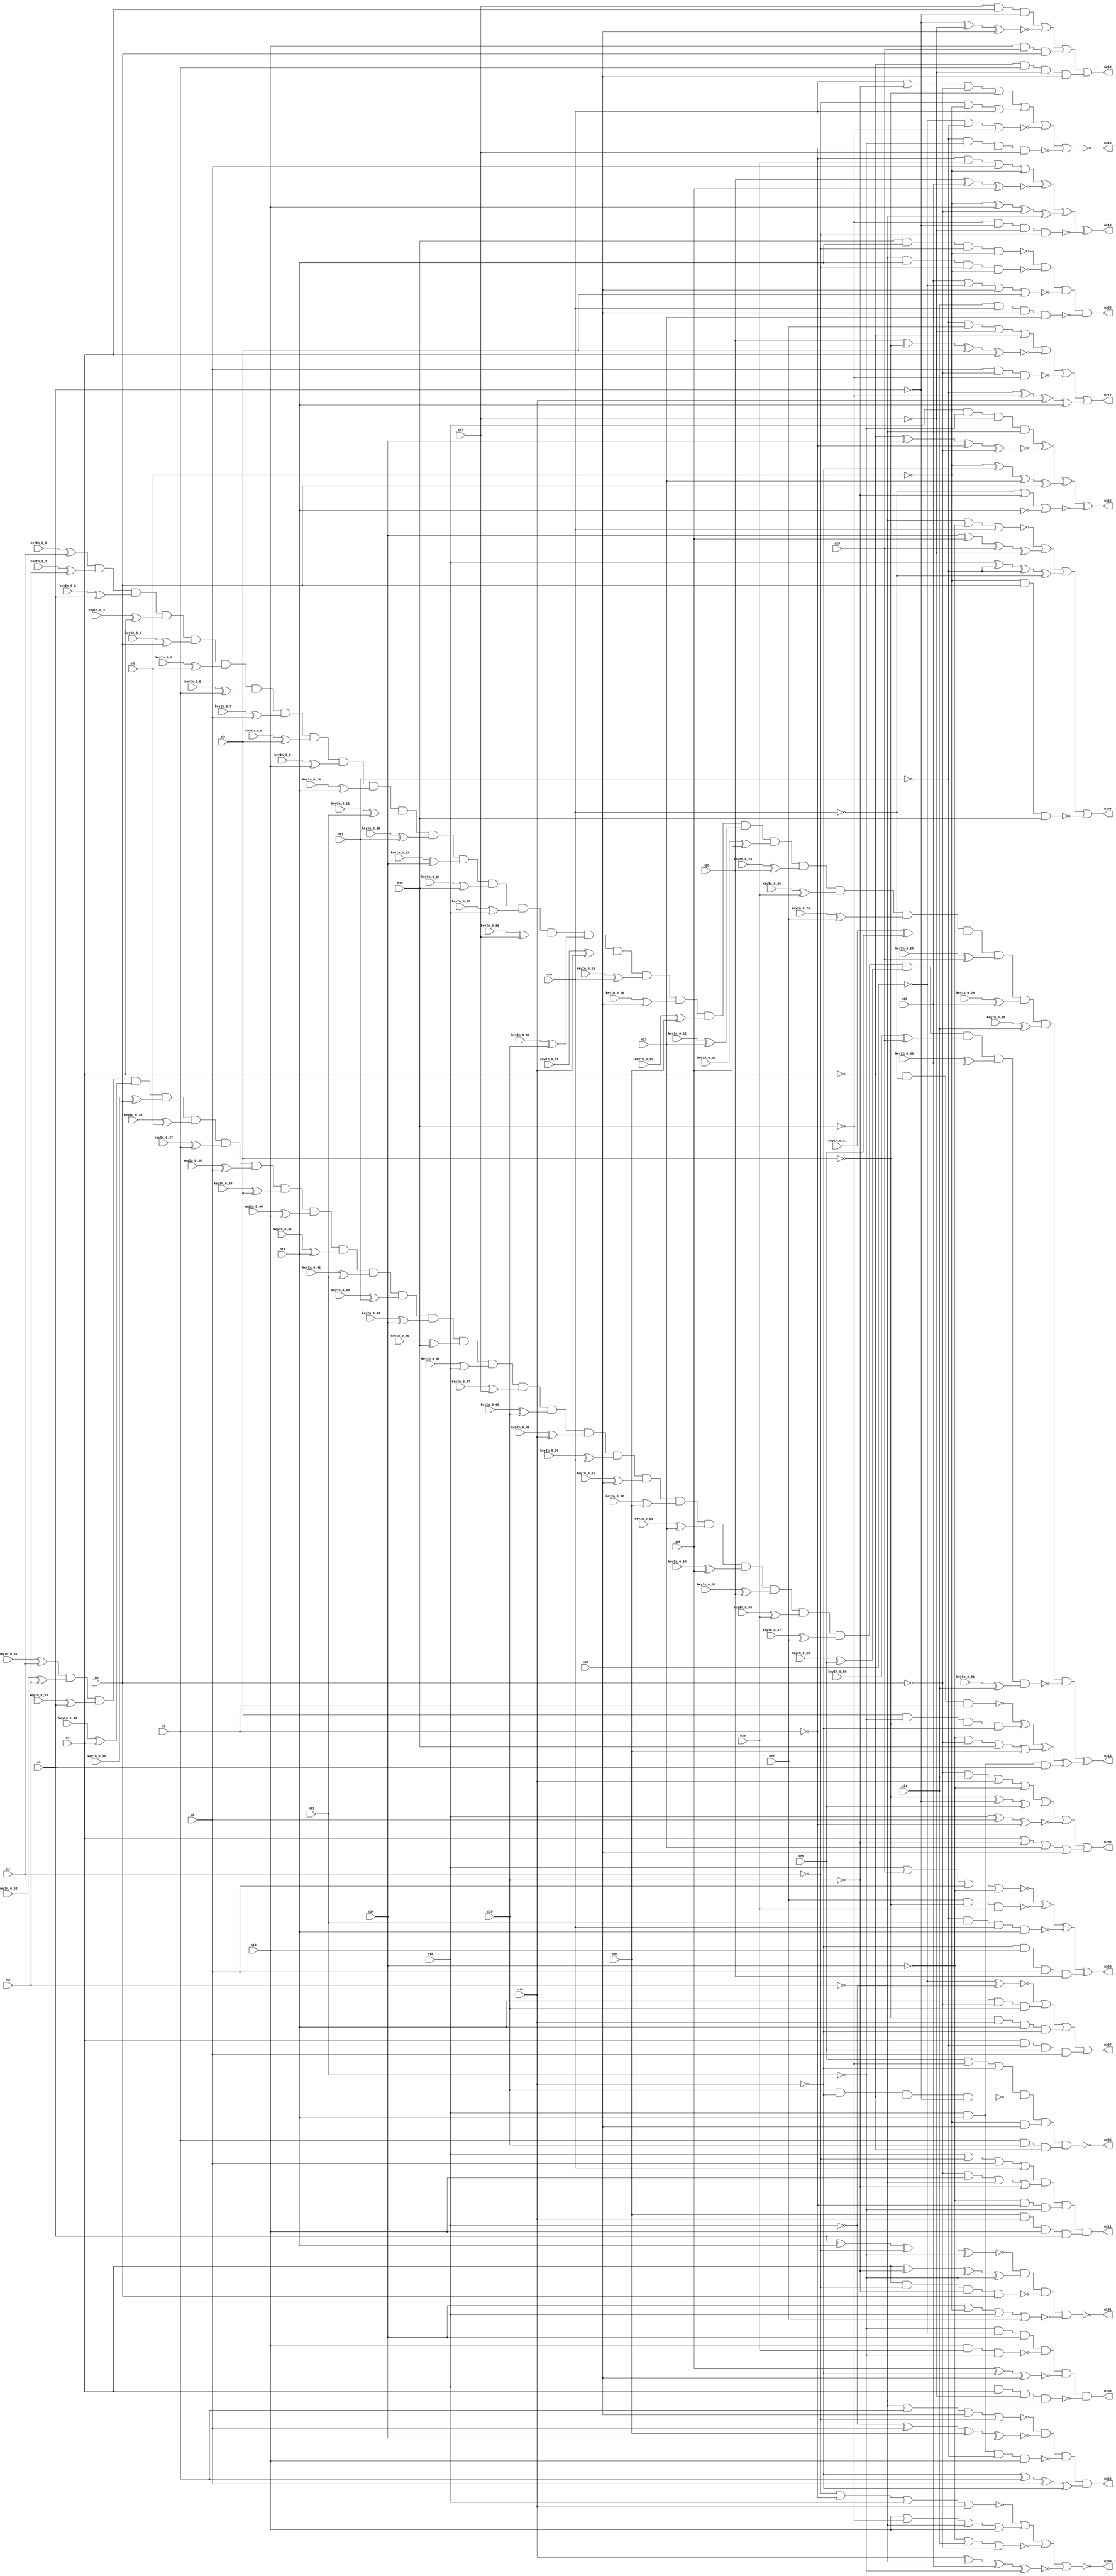


module Stat_186_441
(
  n1,
  n2,
  n3,
  n4,
  n5,
  n6,
  n7,
  n8,
  n9,
  n10,
  n11,
  n12,
  n13,
  n14,
  n15,
  n16,
  n17,
  n18,
  n19,
  n20,
  n21,
  n22,
  n23,
  n24,
  n25,
  n26,
  n27,
  n28,
  n29,
  n30,
  n31,
  n210,
  n217,
  n212,
  n213,
  n215,
  n207,
  n208,
  n209,
  n211,
  n204,
  n203,
  n214,
  n206,
  n202,
  n216,
  n205,
  n201,
  keyIn_0_0,
  keyIn_0_1,
  keyIn_0_2,
  keyIn_0_3,
  keyIn_0_4,
  keyIn_0_5,
  keyIn_0_6,
  keyIn_0_7,
  keyIn_0_8,
  keyIn_0_9,
  keyIn_0_10,
  keyIn_0_11,
  keyIn_0_12,
  keyIn_0_13,
  keyIn_0_14,
  keyIn_0_15,
  keyIn_0_16,
  keyIn_0_17,
  keyIn_0_18,
  keyIn_0_19,
  keyIn_0_20,
  keyIn_0_21,
  keyIn_0_22,
  keyIn_0_23,
  keyIn_0_24,
  keyIn_0_25,
  keyIn_0_26,
  keyIn_0_27,
  keyIn_0_28,
  keyIn_0_29,
  keyIn_0_30,
  keyIn_0_31,
  keyIn_0_32,
  keyIn_0_33,
  keyIn_0_34,
  keyIn_0_35,
  keyIn_0_36,
  keyIn_0_37,
  keyIn_0_38,
  keyIn_0_39,
  keyIn_0_40,
  keyIn_0_41,
  keyIn_0_42,
  keyIn_0_43,
  keyIn_0_44,
  keyIn_0_45,
  keyIn_0_46,
  keyIn_0_47,
  keyIn_0_48,
  keyIn_0_49,
  keyIn_0_50,
  keyIn_0_51,
  keyIn_0_52,
  keyIn_0_53,
  keyIn_0_54,
  keyIn_0_55,
  keyIn_0_56,
  keyIn_0_57,
  keyIn_0_58,
  keyIn_0_59,
  keyIn_0_60,
  keyIn_0_61
);

  input n1;input n2;input n3;input n4;input n5;input n6;input n7;input n8;input n9;input n10;input n11;input n12;input n13;input n14;input n15;input n16;input n17;input n18;input n19;input n20;input n21;input n22;input n23;input n24;input n25;input n26;input n27;input n28;input n29;input n30;input n31;input keyIn_0_0;input keyIn_0_1;input keyIn_0_2;input keyIn_0_3;input keyIn_0_4;input keyIn_0_5;input keyIn_0_6;input keyIn_0_7;input keyIn_0_8;input keyIn_0_9;input keyIn_0_10;input keyIn_0_11;input keyIn_0_12;input keyIn_0_13;input keyIn_0_14;input keyIn_0_15;input keyIn_0_16;input keyIn_0_17;input keyIn_0_18;input keyIn_0_19;input keyIn_0_20;input keyIn_0_21;input keyIn_0_22;input keyIn_0_23;input keyIn_0_24;input keyIn_0_25;input keyIn_0_26;input keyIn_0_27;input keyIn_0_28;input keyIn_0_29;input keyIn_0_30;input keyIn_0_31;input keyIn_0_32;input keyIn_0_33;input keyIn_0_34;input keyIn_0_35;input keyIn_0_36;input keyIn_0_37;input keyIn_0_38;input keyIn_0_39;input keyIn_0_40;input keyIn_0_41;input keyIn_0_42;input keyIn_0_43;input keyIn_0_44;input keyIn_0_45;input keyIn_0_46;input keyIn_0_47;input keyIn_0_48;input keyIn_0_49;input keyIn_0_50;input keyIn_0_51;input keyIn_0_52;input keyIn_0_53;input keyIn_0_54;input keyIn_0_55;input keyIn_0_56;input keyIn_0_57;input keyIn_0_58;input keyIn_0_59;input keyIn_0_60;input keyIn_0_61;
  output n210;output n217;output n212;output n213;output n215;output n207;output n208;output n209;output n211;output n204;output n203;output n214;output n206;output n202;output n216;output n205;output n201;
  wire n32;wire n33;wire n34;wire n35;wire n36;wire n37;wire n38;wire n39;wire n40;wire n41;wire n42;wire n43;wire n44;wire n45;wire n46;wire n47;wire n48;wire n49;wire n50;wire n51;wire n52;wire n53;wire n54;wire n55;wire n56;wire n57;wire n58;wire n59;wire n60;wire n61;wire n62;wire n63;wire n64;wire n65;wire n66;wire n67;wire n68;wire n69;wire n70;wire n71;wire n72;wire n73;wire n74;wire n75;wire n76;wire n77;wire n78;wire n79;wire n80;wire n81;wire n82;wire n83;wire n84;wire n85;wire n86;wire n87;wire n88;wire n89;wire n90;wire n91;wire n92;wire n93;wire n94;wire n95;wire n96;wire n97;wire n98;wire n99;wire n100;wire n101;wire n102;wire n103;wire n104;wire n105;wire n106;wire n107;wire n108;wire n109;wire n110;wire n111;wire n112;wire n113;wire n114;wire n115;wire n116;wire n117;wire n118;wire n119;wire n120;wire n121;wire n122;wire n123;wire n124;wire n125;wire n126;wire n127;wire n128;wire n129;wire n130;wire n131;wire n132;wire n133;wire n134;wire n135;wire n136;wire n137;wire n138;wire n139;wire n140;wire n141;wire n142;wire n143;wire n144;wire n145;wire n146;wire n147;wire n148;wire n149;wire n150;wire n151;wire n152;wire n153;wire n154;wire n155;wire n156;wire n157;wire n158;wire n159;wire n160;wire n161;wire n162;wire n163;wire n164;wire n165;wire n166;wire n167;wire n168;wire n169;wire n170;wire n171;wire n172;wire n173;wire n174;wire n175;wire n176;wire n177;wire n178;wire n179;wire n180;wire n181;wire n182;wire n183;wire n184;wire n185;wire n186;wire n187;wire n188;wire n189;wire n190;wire n191;wire n192;wire n193;wire n194;wire n195;wire n196;wire n197;wire n198;wire n199;wire n200;wire g_input_0_0;wire gbar_input_0_0;wire g_input_0_1;wire gbar_input_0_1;wire g_input_0_2;wire gbar_input_0_2;wire g_input_0_3;wire gbar_input_0_3;wire g_input_0_4;wire gbar_input_0_4;wire g_input_0_5;wire gbar_input_0_5;wire g_input_0_6;wire gbar_input_0_6;wire g_input_0_7;wire gbar_input_0_7;wire g_input_0_8;wire gbar_input_0_8;wire g_input_0_9;wire gbar_input_0_9;wire g_input_0_10;wire gbar_input_0_10;wire g_input_0_11;wire gbar_input_0_11;wire g_input_0_12;wire gbar_input_0_12;wire g_input_0_13;wire gbar_input_0_13;wire g_input_0_14;wire gbar_input_0_14;wire g_input_0_15;wire gbar_input_0_15;wire g_input_0_16;wire gbar_input_0_16;wire g_input_0_17;wire gbar_input_0_17;wire g_input_0_18;wire gbar_input_0_18;wire g_input_0_19;wire gbar_input_0_19;wire g_input_0_20;wire gbar_input_0_20;wire g_input_0_21;wire gbar_input_0_21;wire g_input_0_22;wire gbar_input_0_22;wire g_input_0_23;wire gbar_input_0_23;wire g_input_0_24;wire gbar_input_0_24;wire g_input_0_25;wire gbar_input_0_25;wire g_input_0_26;wire gbar_input_0_26;wire g_input_0_27;wire gbar_input_0_27;wire g_input_0_28;wire gbar_input_0_28;wire g_input_0_29;wire gbar_input_0_29;wire g_input_0_30;wire gbar_input_0_30;wire f_g_wire;wire f_gbar_wire;wire AntiSAT_output;

  not
  g0
  (
    n72,
    n15
  );


  not
  g1
  (
    n54,
    n14
  );


  not
  g2
  (
    n79,
    n13
  );


  buf
  g3
  (
    n60,
    n14
  );


  not
  g4
  (
    n68,
    n1
  );


  not
  g5
  (
    n39,
    n7
  );


  not
  g6
  (
    n69,
    n19
  );


  buf
  g7
  (
    n52,
    n20
  );


  not
  g8
  (
    n81,
    n6
  );


  not
  g9
  (
    n64,
    n20
  );


  not
  g10
  (
    n87,
    n13
  );


  buf
  g11
  (
    n80,
    n10
  );


  not
  g12
  (
    n63,
    n2
  );


  buf
  g13
  (
    n62,
    n10
  );


  not
  g14
  (
    n85,
    n3
  );


  not
  g15
  (
    n33,
    n11
  );


  buf
  g16
  (
    n67,
    n21
  );


  not
  g17
  (
    n66,
    n6
  );


  not
  g18
  (
    n83,
    n5
  );


  buf
  g19
  (
    n53,
    n10
  );


  buf
  g20
  (
    n82,
    n5
  );


  buf
  g21
  (
    n55,
    n18
  );


  not
  g22
  (
    n58,
    n3
  );


  buf
  g23
  (
    n57,
    n8
  );


  buf
  g24
  (
    n43,
    n14
  );


  buf
  g25
  (
    n61,
    n20
  );


  not
  g26
  (
    n35,
    n4
  );


  not
  g27
  (
    n90,
    n9
  );


  buf
  g28
  (
    n47,
    n11
  );


  buf
  g29
  (
    n34,
    n19
  );


  not
  g30
  (
    n59,
    n13
  );


  buf
  g31
  (
    n42,
    n12
  );


  not
  g32
  (
    n94,
    n17
  );


  buf
  g33
  (
    n50,
    n8
  );


  buf
  g34
  (
    n40,
    n4
  );


  not
  g35
  (
    n92,
    n16
  );


  not
  g36
  (
    n71,
    n7
  );


  not
  g37
  (
    n91,
    n17
  );


  buf
  g38
  (
    n56,
    n11
  );


  buf
  g39
  (
    n32,
    n5
  );


  not
  g40
  (
    n49,
    n2
  );


  not
  g41
  (
    n44,
    n21
  );


  not
  g42
  (
    n48,
    n6
  );


  buf
  g43
  (
    n89,
    n7
  );


  buf
  g44
  (
    n74,
    n16
  );


  buf
  g45
  (
    n41,
    n4
  );


  buf
  g46
  (
    n70,
    n8
  );


  not
  g47
  (
    n51,
    n9
  );


  not
  g48
  (
    n86,
    n12
  );


  not
  g49
  (
    n36,
    n16
  );


  buf
  g50
  (
    n73,
    n9
  );


  buf
  g51
  (
    n38,
    n12
  );


  buf
  g52
  (
    n88,
    n3
  );


  buf
  g53
  (
    n78,
    n19
  );


  not
  g54
  (
    n46,
    n1
  );


  not
  g55
  (
    n65,
    n18
  );


  not
  g56
  (
    n76,
    n15
  );


  not
  g57
  (
    n75,
    n18
  );


  not
  g58
  (
    n45,
    n1
  );


  buf
  g59
  (
    n84,
    n21
  );


  not
  g60
  (
    n77,
    n2
  );


  buf
  g61
  (
    n93,
    n15
  );


  not
  g62
  (
    n37,
    n17
  );


  buf
  g63
  (
    n100,
    n43
  );


  not
  g64
  (
    n115,
    n37
  );


  not
  g65
  (
    n122,
    n36
  );


  buf
  g66
  (
    n130,
    n39
  );


  not
  g67
  (
    n116,
    n37
  );


  buf
  g68
  (
    n127,
    n34
  );


  buf
  g69
  (
    n97,
    n42
  );


  buf
  g70
  (
    n105,
    n43
  );


  buf
  g71
  (
    n107,
    n32
  );


  not
  g72
  (
    n118,
    n32
  );


  not
  g73
  (
    n106,
    n42
  );


  not
  g74
  (
    n99,
    n36
  );


  buf
  g75
  (
    n98,
    n37
  );


  not
  g76
  (
    n117,
    n39
  );


  not
  g77
  (
    n104,
    n38
  );


  not
  g78
  (
    n96,
    n33
  );


  not
  g79
  (
    n128,
    n40
  );


  buf
  g80
  (
    n113,
    n33
  );


  not
  g81
  (
    n129,
    n33
  );


  buf
  g82
  (
    n103,
    n41
  );


  not
  g83
  (
    n120,
    n44
  );


  not
  g84
  (
    n126,
    n32
  );


  not
  g85
  (
    n109,
    n41
  );


  not
  g86
  (
    n132,
    n34
  );


  not
  g87
  (
    n119,
    n36
  );


  not
  g88
  (
    n101,
    n35
  );


  not
  g89
  (
    n110,
    n40
  );


  buf
  g90
  (
    n121,
    n41
  );


  not
  g91
  (
    n95,
    n35
  );


  not
  g92
  (
    n111,
    n39
  );


  not
  g93
  (
    n131,
    n34
  );


  buf
  g94
  (
    n102,
    n40
  );


  not
  g95
  (
    n108,
    n42
  );


  buf
  g96
  (
    n124,
    n44
  );


  buf
  g97
  (
    n114,
    n35
  );


  not
  g98
  (
    n123,
    n38
  );


  not
  g99
  (
    n125,
    n43
  );


  not
  g100
  (
    n112,
    n38
  );


  and
  g101
  (
    n182,
    n125,
    n130,
    n106
  );


  nor
  g102
  (
    n141,
    n64,
    n65,
    n113
  );


  and
  g103
  (
    n144,
    n86,
    n124,
    n100
  );


  xnor
  g104
  (
    n147,
    n124,
    n92
  );


  and
  g105
  (
    n167,
    n66,
    n84
  );


  nand
  g106
  (
    n187,
    n27,
    n51,
    n26
  );


  nand
  g107
  (
    n161,
    n57,
    n83,
    n72
  );


  nand
  g108
  (
    n159,
    n66,
    n82,
    n93
  );


  or
  g109
  (
    n143,
    n28,
    n72,
    n69
  );


  and
  g110
  (
    n150,
    n116,
    n121,
    n85
  );


  xnor
  g111
  (
    n195,
    n85,
    n91,
    n67
  );


  xnor
  g112
  (
    n190,
    n25,
    n30,
    n24
  );


  nor
  g113
  (
    n181,
    n125,
    n31,
    n126
  );


  xnor
  g114
  (
    n135,
    n119,
    n50,
    n130
  );


  or
  g115
  (
    n173,
    n45,
    n48,
    n61
  );


  and
  g116
  (
    n200,
    n74,
    n47,
    n88
  );


  nor
  g117
  (
    n151,
    n124,
    n79,
    n76
  );


  nor
  g118
  (
    n192,
    n77,
    n125,
    n52
  );


  nand
  g119
  (
    n169,
    n128,
    n64,
    n89
  );


  and
  g120
  (
    n189,
    n80,
    n29,
    n107
  );


  nand
  g121
  (
    n138,
    n62,
    n26,
    n86
  );


  and
  g122
  (
    n148,
    n117,
    n55,
    n109
  );


  xnor
  g123
  (
    n186,
    n24,
    n131,
    n67
  );


  or
  g124
  (
    n133,
    n54,
    n118,
    n93,
    n22
  );


  or
  g125
  (
    n164,
    n59,
    n27,
    n91,
    n128
  );


  nand
  g126
  (
    n142,
    n79,
    n97,
    n61,
    n129
  );


  or
  g127
  (
    n156,
    n71,
    n26,
    n57,
    n48
  );


  and
  g128
  (
    n154,
    n47,
    n56,
    n126,
    n55
  );


  nor
  g129
  (
    n179,
    n63,
    n89,
    n120,
    n45
  );


  xnor
  g130
  (
    n145,
    n25,
    n51,
    n73,
    n102
  );


  and
  g131
  (
    n180,
    n132,
    n62,
    n50,
    n25
  );


  nand
  g132
  (
    n146,
    n55,
    n69,
    n128,
    n58
  );


  xor
  g133
  (
    n155,
    n90,
    n58,
    n28
  );


  and
  g134
  (
    n196,
    n110,
    n89,
    n94,
    n84
  );


  nor
  g135
  (
    n166,
    n60,
    n81,
    n119,
    n27
  );


  xor
  g136
  (
    n175,
    n105,
    n24,
    n29,
    n98
  );


  or
  g137
  (
    n198,
    n52,
    n75,
    n118,
    n90
  );


  nand
  g138
  (
    n171,
    n72,
    n85,
    n94,
    n46
  );


  xor
  g139
  (
    n165,
    n81,
    n53,
    n83,
    n63
  );


  and
  g140
  (
    n157,
    n101,
    n87,
    n28,
    n70
  );


  xor
  g141
  (
    n178,
    n87,
    n76,
    n78,
    n96
  );


  xnor
  g142
  (
    n152,
    n114,
    n60,
    n71,
    n126
  );


  or
  g143
  (
    n188,
    n80,
    n76,
    n49,
    n62
  );


  xnor
  g144
  (
    n149,
    n92,
    n70,
    n22,
    n60
  );


  nand
  g145
  (
    n136,
    n99,
    n95,
    n91,
    n77
  );


  or
  g146
  (
    n170,
    n83,
    n53,
    n49,
    n75
  );


  xor
  g147
  (
    n191,
    n81,
    n69,
    n23,
    n82
  );


  or
  g148
  (
    n177,
    n118,
    n31,
    n127,
    n54
  );


  or
  g149
  (
    n163,
    n74,
    n68,
    n50,
    n61
  );


  xor
  g150
  (
    n162,
    n121,
    n65,
    n123,
    n108
  );


  xor
  g151
  (
    n139,
    n74,
    n79,
    n87,
    n64
  );


  and
  g152
  (
    n172,
    n119,
    n123,
    n94,
    n77
  );


  and
  g153
  (
    n184,
    n73,
    n112,
    n51,
    n131
  );


  and
  g154
  (
    n193,
    n22,
    n127,
    n80,
    n88
  );


  nand
  g155
  (
    n197,
    n93,
    n129,
    n46,
    n66
  );


  or
  g156
  (
    n137,
    n103,
    n75,
    n23,
    n120
  );


  nand
  g157
  (
    n153,
    n56,
    n122,
    n59,
    n53
  );


  and
  g158
  (
    n134,
    n90,
    n78,
    n56,
    n132
  );


  nor
  g159
  (
    n176,
    n122,
    n29,
    n57,
    n54
  );


  nand
  g160
  (
    n183,
    n121,
    n46,
    n65,
    n82
  );


  xnor
  g161
  (
    n194,
    n78,
    n63,
    n30,
    n123
  );


  nor
  g162
  (
    n185,
    n68,
    n130,
    n122,
    n127
  );


  xor
  g163
  (
    n174,
    n132,
    n111,
    n70,
    n131
  );


  xnor
  g164
  (
    n168,
    n88,
    n47,
    n45,
    n104
  );


  nand
  g165
  (
    n199,
    n49,
    n129,
    n68,
    n48
  );


  nand
  g166
  (
    n158,
    n31,
    n52,
    n67,
    n23
  );


  nor
  g167
  (
    n140,
    n30,
    n44,
    n120,
    n73
  );


  nand
  g168
  (
    n160,
    n59,
    n86,
    n71,
    n115
  );


  xor
  g169
  (
    n210,
    n156,
    n190,
    n165,
    n171
  );


  or
  g170
  (
    n208,
    n177,
    n155,
    n135,
    n137
  );


  and
  g171
  (
    n206,
    n144,
    n138,
    n186,
    n136
  );


  or
  g172
  (
    n207,
    n147,
    n154,
    n134,
    n157
  );


  and
  g173
  (
    n211,
    n163,
    n170,
    n182,
    n193
  );


  nand
  g174
  (
    n201,
    n168,
    n162,
    n183,
    n166
  );


  nor
  g175
  (
    n209,
    n185,
    n188,
    n181,
    n194
  );


  xor
  g176
  (
    n215,
    n172,
    n152,
    n191,
    n141
  );


  xor
  g177
  (
    AntiSAT_key_wire,
    n169,
    n184,
    n133,
    n200
  );


  or
  g178
  (
    n214,
    n150,
    n195,
    n189,
    n196
  );


  nor
  g179
  (
    n212,
    n198,
    n173,
    n151,
    n160
  );


  and
  g180
  (
    n216,
    n179,
    n149,
    n153,
    n174
  );


  or
  g181
  (
    n203,
    n192,
    n175,
    n139,
    n159
  );


  or
  g182
  (
    n217,
    n164,
    n145,
    n161,
    n178
  );


  nand
  g183
  (
    n205,
    n143,
    n146,
    n167,
    n148
  );


  xor
  g184
  (
    n202,
    n176,
    n187,
    n142,
    n180
  );


  and
  g185
  (
    n204,
    n197,
    n199,
    n140,
    n158
  );


  xor
  KeyPIGate_0_0
  (
    g_input_0_0,
    keyIn_0_0,
    n1
  );


  xor
  KeyPIGate_0_31
  (
    gbar_input_0_0,
    keyIn_0_31,
    n1
  );


  xor
  KeyPIGate_0_1
  (
    g_input_0_1,
    keyIn_0_1,
    n2
  );


  xor
  KeyPIGate_0_32
  (
    gbar_input_0_1,
    keyIn_0_32,
    n2
  );


  xor
  KeyPIGate_0_2
  (
    g_input_0_2,
    keyIn_0_2,
    n3
  );


  xor
  KeyPIGate_0_33
  (
    gbar_input_0_2,
    keyIn_0_33,
    n3
  );


  xor
  KeyPIGate_0_3
  (
    g_input_0_3,
    keyIn_0_3,
    n4
  );


  xor
  KeyPIGate_0_34
  (
    gbar_input_0_3,
    keyIn_0_34,
    n4
  );


  xor
  KeyPIGate_0_4
  (
    g_input_0_4,
    keyIn_0_4,
    n5
  );


  xor
  KeyPIGate_0_35
  (
    gbar_input_0_4,
    keyIn_0_35,
    n5
  );


  xor
  KeyPIGate_0_5
  (
    g_input_0_5,
    keyIn_0_5,
    n6
  );


  xor
  KeyPIGate_0_36
  (
    gbar_input_0_5,
    keyIn_0_36,
    n6
  );


  xor
  KeyPIGate_0_6
  (
    g_input_0_6,
    keyIn_0_6,
    n7
  );


  xor
  KeyPIGate_0_37
  (
    gbar_input_0_6,
    keyIn_0_37,
    n7
  );


  xor
  KeyPIGate_0_7
  (
    g_input_0_7,
    keyIn_0_7,
    n8
  );


  xor
  KeyPIGate_0_38
  (
    gbar_input_0_7,
    keyIn_0_38,
    n8
  );


  xor
  KeyPIGate_0_8
  (
    g_input_0_8,
    keyIn_0_8,
    n9
  );


  xor
  KeyPIGate_0_39
  (
    gbar_input_0_8,
    keyIn_0_39,
    n9
  );


  xor
  KeyPIGate_0_9
  (
    g_input_0_9,
    keyIn_0_9,
    n10
  );


  xor
  KeyPIGate_0_40
  (
    gbar_input_0_9,
    keyIn_0_40,
    n10
  );


  xor
  KeyPIGate_0_10
  (
    g_input_0_10,
    keyIn_0_10,
    n11
  );


  xor
  KeyPIGate_0_41
  (
    gbar_input_0_10,
    keyIn_0_41,
    n11
  );


  xor
  KeyPIGate_0_11
  (
    g_input_0_11,
    keyIn_0_11,
    n12
  );


  xor
  KeyPIGate_0_42
  (
    gbar_input_0_11,
    keyIn_0_42,
    n12
  );


  xor
  KeyPIGate_0_12
  (
    g_input_0_12,
    keyIn_0_12,
    n13
  );


  xor
  KeyPIGate_0_43
  (
    gbar_input_0_12,
    keyIn_0_43,
    n13
  );


  xor
  KeyPIGate_0_13
  (
    g_input_0_13,
    keyIn_0_13,
    n14
  );


  xor
  KeyPIGate_0_44
  (
    gbar_input_0_13,
    keyIn_0_44,
    n14
  );


  xor
  KeyPIGate_0_14
  (
    g_input_0_14,
    keyIn_0_14,
    n15
  );


  xor
  KeyPIGate_0_45
  (
    gbar_input_0_14,
    keyIn_0_45,
    n15
  );


  xor
  KeyPIGate_0_15
  (
    g_input_0_15,
    keyIn_0_15,
    n16
  );


  xor
  KeyPIGate_0_46
  (
    gbar_input_0_15,
    keyIn_0_46,
    n16
  );


  xor
  KeyPIGate_0_16
  (
    g_input_0_16,
    keyIn_0_16,
    n17
  );


  xor
  KeyPIGate_0_47
  (
    gbar_input_0_16,
    keyIn_0_47,
    n17
  );


  xor
  KeyPIGate_0_17
  (
    g_input_0_17,
    keyIn_0_17,
    n18
  );


  xor
  KeyPIGate_0_48
  (
    gbar_input_0_17,
    keyIn_0_48,
    n18
  );


  xor
  KeyPIGate_0_18
  (
    g_input_0_18,
    keyIn_0_18,
    n19
  );


  xor
  KeyPIGate_0_49
  (
    gbar_input_0_18,
    keyIn_0_49,
    n19
  );


  xor
  KeyPIGate_0_19
  (
    g_input_0_19,
    keyIn_0_19,
    n20
  );


  xor
  KeyPIGate_0_50
  (
    gbar_input_0_19,
    keyIn_0_50,
    n20
  );


  xor
  KeyPIGate_0_20
  (
    g_input_0_20,
    keyIn_0_20,
    n21
  );


  xor
  KeyPIGate_0_51
  (
    gbar_input_0_20,
    keyIn_0_51,
    n21
  );


  xor
  KeyPIGate_0_21
  (
    g_input_0_21,
    keyIn_0_21,
    n22
  );


  xor
  KeyPIGate_0_52
  (
    gbar_input_0_21,
    keyIn_0_52,
    n22
  );


  xor
  KeyPIGate_0_22
  (
    g_input_0_22,
    keyIn_0_22,
    n23
  );


  xor
  KeyPIGate_0_53
  (
    gbar_input_0_22,
    keyIn_0_53,
    n23
  );


  xor
  KeyPIGate_0_23
  (
    g_input_0_23,
    keyIn_0_23,
    n24
  );


  xor
  KeyPIGate_0_54
  (
    gbar_input_0_23,
    keyIn_0_54,
    n24
  );


  xor
  KeyPIGate_0_24
  (
    g_input_0_24,
    keyIn_0_24,
    n25
  );


  xor
  KeyPIGate_0_55
  (
    gbar_input_0_24,
    keyIn_0_55,
    n25
  );


  xor
  KeyPIGate_0_25
  (
    g_input_0_25,
    keyIn_0_25,
    n26
  );


  xor
  KeyPIGate_0_56
  (
    gbar_input_0_25,
    keyIn_0_56,
    n26
  );


  xor
  KeyPIGate_0_26
  (
    g_input_0_26,
    keyIn_0_26,
    n27
  );


  xor
  KeyPIGate_0_57
  (
    gbar_input_0_26,
    keyIn_0_57,
    n27
  );


  xor
  KeyPIGate_0_27
  (
    g_input_0_27,
    keyIn_0_27,
    n28
  );


  xor
  KeyPIGate_0_58
  (
    gbar_input_0_27,
    keyIn_0_58,
    n28
  );


  xor
  KeyPIGate_0_28
  (
    g_input_0_28,
    keyIn_0_28,
    n29
  );


  xor
  KeyPIGate_0_59
  (
    gbar_input_0_28,
    keyIn_0_59,
    n29
  );


  xor
  KeyPIGate_0_29
  (
    g_input_0_29,
    keyIn_0_29,
    n30
  );


  xor
  KeyPIGate_0_60
  (
    gbar_input_0_29,
    keyIn_0_60,
    n30
  );


  xor
  KeyPIGate_0_30
  (
    g_input_0_30,
    keyIn_0_30,
    n31
  );


  xor
  KeyPIGate_0_61
  (
    gbar_input_0_30,
    keyIn_0_61,
    n31
  );


  and
  f_g
  (
    f_g_wire,
    g_input_0_0,
    g_input_0_1,
    g_input_0_2,
    g_input_0_3,
    g_input_0_4,
    g_input_0_5,
    g_input_0_6,
    g_input_0_7,
    g_input_0_8,
    g_input_0_9,
    g_input_0_10,
    g_input_0_11,
    g_input_0_12,
    g_input_0_13,
    g_input_0_14,
    g_input_0_15,
    g_input_0_16,
    g_input_0_17,
    g_input_0_18,
    g_input_0_19,
    g_input_0_20,
    g_input_0_21,
    g_input_0_22,
    g_input_0_23,
    g_input_0_24,
    g_input_0_25,
    g_input_0_26,
    g_input_0_27,
    g_input_0_28,
    g_input_0_29,
    g_input_0_30
  );


  nand
  f_gbar
  (
    f_gbar_wire,
    gbar_input_0_0,
    gbar_input_0_1,
    gbar_input_0_2,
    gbar_input_0_3,
    gbar_input_0_4,
    gbar_input_0_5,
    gbar_input_0_6,
    gbar_input_0_7,
    gbar_input_0_8,
    gbar_input_0_9,
    gbar_input_0_10,
    gbar_input_0_11,
    gbar_input_0_12,
    gbar_input_0_13,
    gbar_input_0_14,
    gbar_input_0_15,
    gbar_input_0_16,
    gbar_input_0_17,
    gbar_input_0_18,
    gbar_input_0_19,
    gbar_input_0_20,
    gbar_input_0_21,
    gbar_input_0_22,
    gbar_input_0_23,
    gbar_input_0_24,
    gbar_input_0_25,
    gbar_input_0_26,
    gbar_input_0_27,
    gbar_input_0_28,
    gbar_input_0_29,
    gbar_input_0_30
  );


  and
  G
  (
    AntiSAT_output,
    f_g_wire,
    f_gbar_wire
  );


  xor
  flip_it
  (
    n213,
    AntiSAT_output,
    AntiSAT_key_wire
  );


endmodule